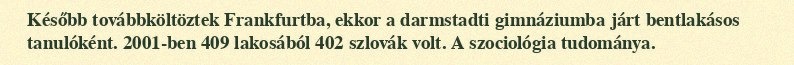
Később továbbköltöztek Frankfurtba, ekkor a darmstadti gimnáziumba járt bentlakásos tanulóként. 2001-ben 409 lakosából 402 szlovák volt. A szociológia tudománya.